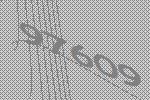
97609